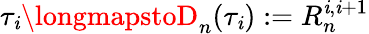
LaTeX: \tau_{\mathit{i}}\longmapstoD_{n}(\tau_{\mathit{i}}):=R_{n}^{\mathit{i},\mathit{i}+1}